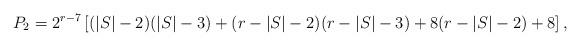
LaTeX: \begin{align*} P_2=2^{r-7}\left [(|S|-2)(|S|-3)+(r-|S|-2)(r-|S|-3)+8(r-|S|-2)+8 \right ], \end{align*}